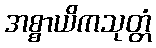
အစ္စာယိကသုတ္တံ